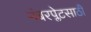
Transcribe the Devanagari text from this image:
नंबरप्लेटसाठी